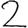
Digit: 2